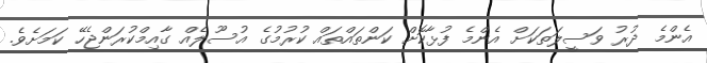
އެންމެ ދުރު ވަސީލަތަކަށް އެންމެ ފުޅާކޮށް ކަންތައްތައް ކުރުމުގެ އުސޫލެއް ގާއިމްކުރަންޖެހޭ ކަމަށެވެ.